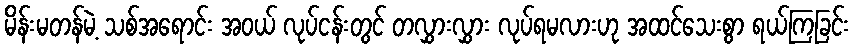
မိန်းမတန်မဲ့ သစ်အရောင်း အဝယ် လုပ်ငန်းတွင် တလွှားလွှား လုပ်ရမလားဟု အထင်သေးစွာ ရယ်ကြခြင်း